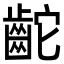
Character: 𪗩